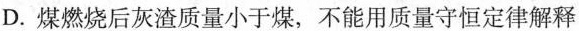
D.煤燃烧后灰渣质量小于煤，不能用质量守恒定律解释